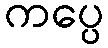
ကပ္ပေ